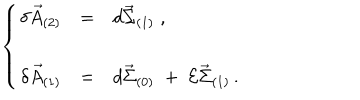
LaTeX: \left\{ \begin{array} { r c l } { { \delta \vec { A } _ { ( 2 ) } } } & { { = } } & { { d \vec { \Sigma } _ { ( 1 ) } \; , } } \\ { { } } & { { } } & { { } } \\ { { \delta \vec { A } _ { ( 1 ) } } } & { { = } } & { { d \vec { \Sigma } _ { ( 0 ) } \; + \; { \cal E } \vec { \Sigma } _ { ( 1 ) } \, . } } \\ \end{array} \right.